Source: Computer-generated
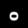
Digit: ၀ (0)